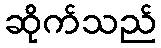
ဆိုက်သည်